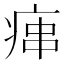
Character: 𤶱